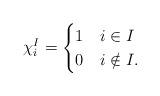
LaTeX: \begin{align*}\chi^I_i=\begin{cases} 1 & i\in I \\0 & i\notin I.\end{cases}\end{align*}